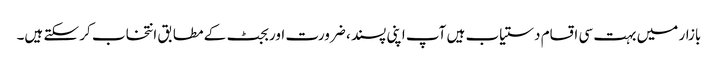
بازار میں بہت سی اقسام دستیاب ہیں آپ اپنی پسند ، ضرورت اور بجٹ کے مطابق انتخاب کر سکتے ہیں۔